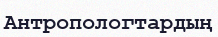
Антропологтардың